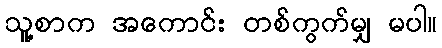
သူ့စာက အကောင်း တစ်ကွက်မျှ မပါ။